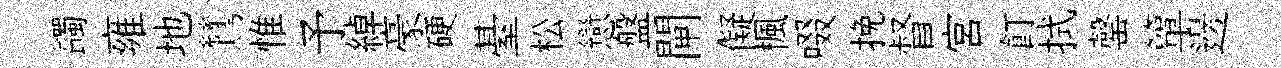
蠲雍地鷥惟予綽豪硬䑓松戀盤閘儗楓啜挽督宮飣拭罄簞邊